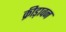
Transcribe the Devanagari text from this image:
क्रीड़ावन